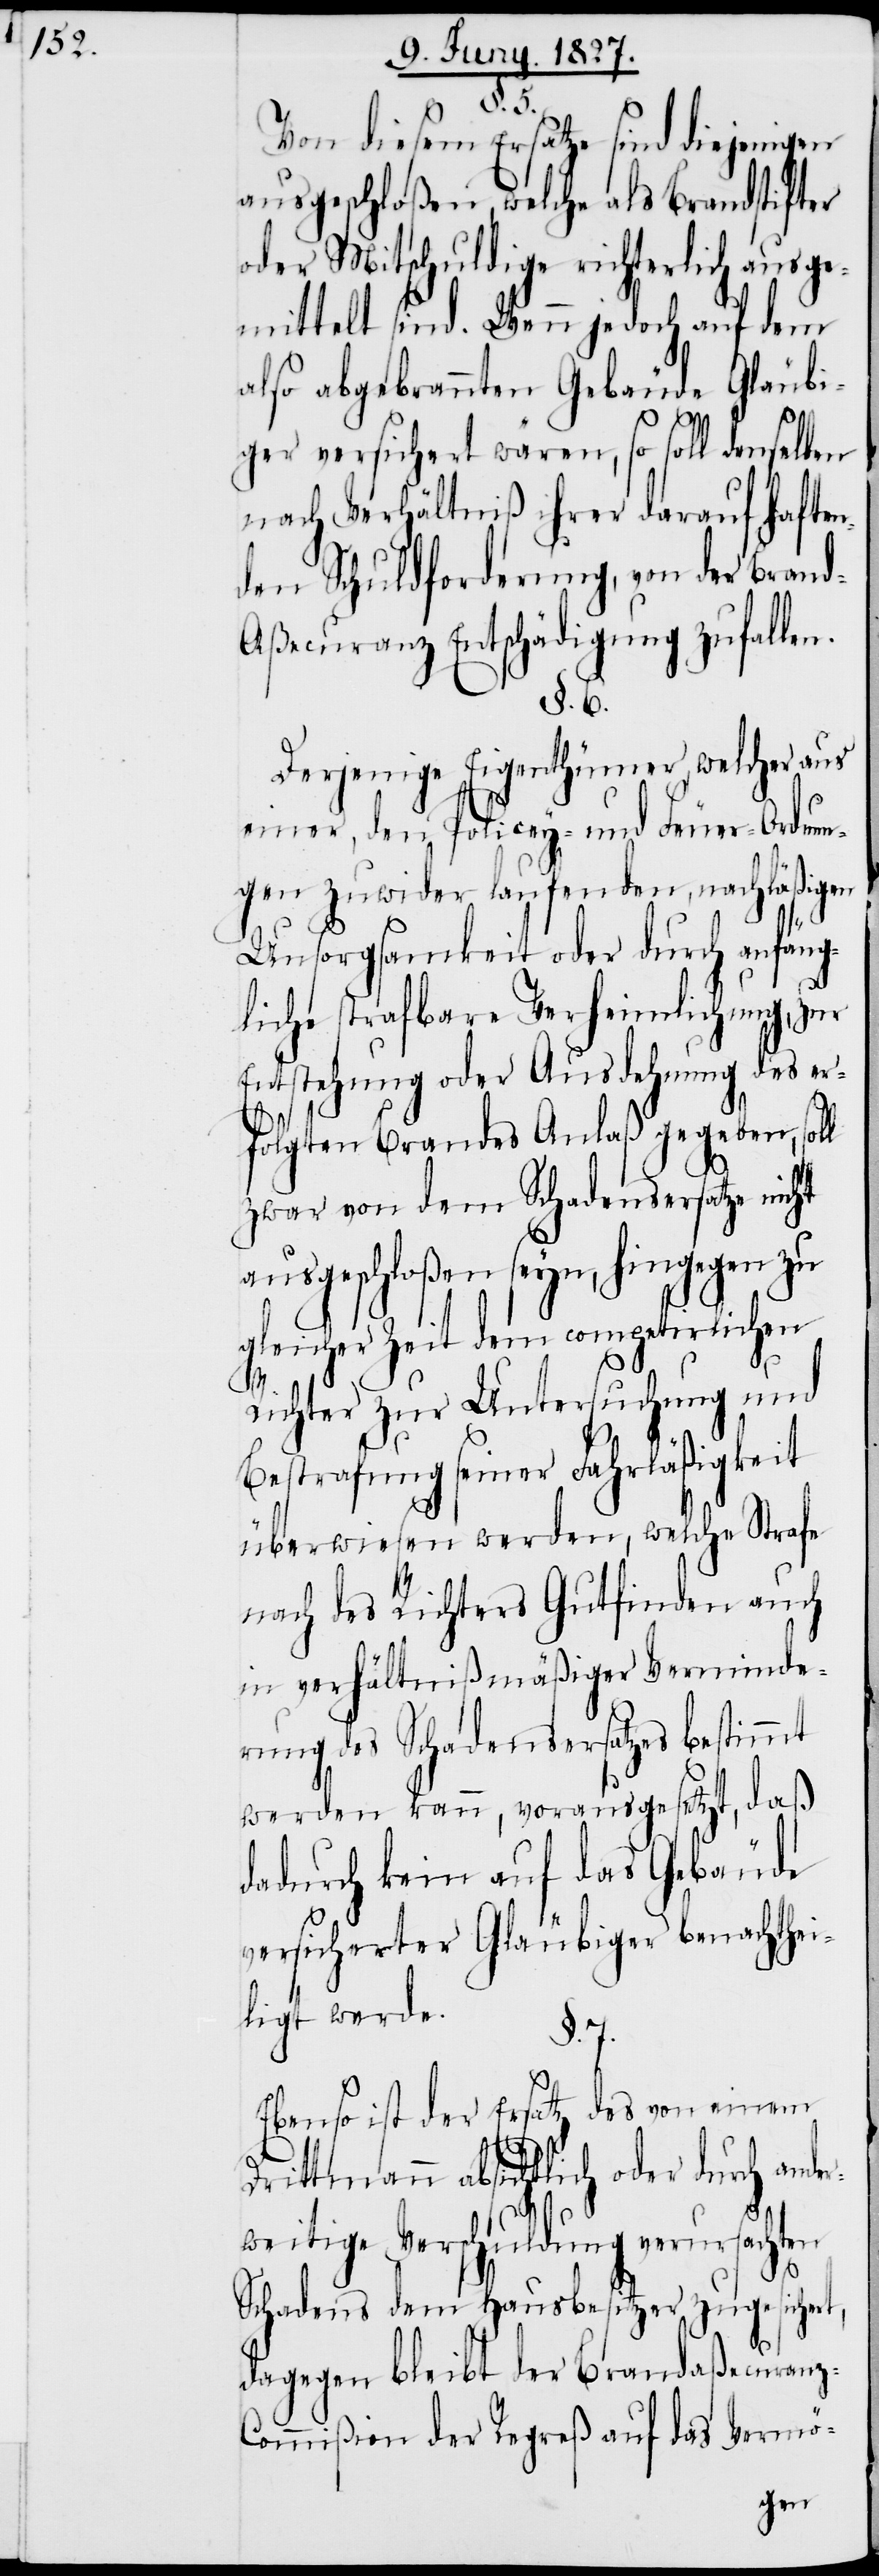
§. 5.
Von diesem Ersatze sind diejenigen
ausgeschloßen, welche als Brandstifter
oder Mitschuldige richterlich ausge¬
mittelt sind. Wenn jedoch auf dem
also abgebrannten Gebäude Gläubi¬
ger versichert wären, so soll denselben
nach Verhältniß ihrer darauf haften¬
den Schuldforderung, von der Bran¬
d-Aßecuranz Entschädigung zufallen.
§. 6.
Derjenige Eigenthümer, welcher aus
einer, den Policey- und Feuer-Ordnun¬
gen zuwider laufenden, nachläßigen
Unsorgsamkeit oder durch anfäng¬
liche strafbare Verheimlichung, zur
Entstehung oder Ausdehnung des er¬
folgten Brandes Anlaß gegeben, sol¬
zwar von dem Schadensersatze nicht
ausgeschloßen seyn, hingegen zu
gleicher Zeit dem competirlichen
z-C¬
Richter zur Untersuchung und
Bestrafung seiner Fahrläßigkeit
überwiesen werden, welche Strafe
nach des Richters Gutfinden auch
in verhältnißmäßiger Verminde¬
rung des Schadensersatzes bestimmt
werden kann, vorausgesetzt, daß
dadurch kein auf das Gebäude
versicherter Gläubiger benachthei¬
ligt werde.
§. 7.
Ebenso ist der Ersatz des von einem
Drittmann absichtlich oder durch ande¬
rweitige Verschuldung verursachten
Schadens dem Hausbesitzer zugesichert,
dagegen bleibt der Brandaßecuran¬
ommißion der Regreß auf das Vermö-

l